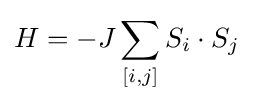
H=-J\sum _{[i,j]}S_{i}\cdot S_{j}